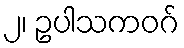
၂၊ ဥပါသကဝဂ်